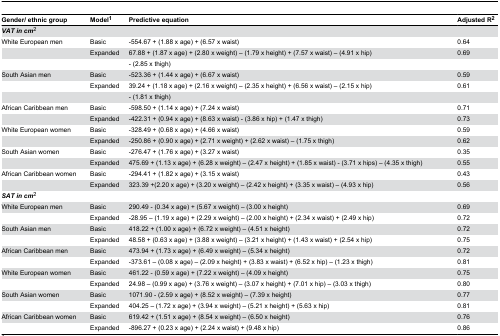
<table><thead><tr><td><b>Gender/ ethnic group</b></td><td><b>Model<sup>1</sup></b></td><td><b>Predictive equation</b></td><td><b>Adjusted R<sup>2</sup></b></td></tr></thead><tbody><tr><td><b><i>VAT</i><i></i><i>in</i><i></i><i>cm</i></b><sup>2</sup></td><td></td><td></td><td></td></tr><tr><td>White European men</td><td>Basic</td><td>-554.67 + (1.88 x age) + (6.57 x waist)</td><td>0.64</td></tr><tr><td></td><td>Expanded</td><td>67.88 + (1.87 x age) + (2.80 x weight) – (1.79 x height) + (7.57 x waist) – (4.91 x hip)</td><td>0.69</td></tr><tr><td></td><td></td><td>- (2.85 x thigh)</td><td></td></tr><tr><td>South Asian men</td><td>Basic</td><td>-523.36 + (1.44 x age) + (6.67 x waist)</td><td>0.59</td></tr><tr><td></td><td>Expanded</td><td>39.24 + (1.18 x age) + (2.16 x weight) – (2.35 x height) + (6.56 x waist) – (2.15 x hip)</td><td>0.61</td></tr><tr><td></td><td></td><td>- (1.81 x thigh)</td><td></td></tr><tr><td>African Caribbean men</td><td>Basic</td><td>-598.50 + (1.14 x age) + (7.24 x waist)</td><td>0.71</td></tr><tr><td></td><td>Expanded</td><td>-422.31 + (0.94 x age) + (8.63 x waist) - (3.86 x hip) + (1.47 x thigh)</td><td>0.73</td></tr><tr><td>White European women</td><td>Basic</td><td>-328.49 + (0.68 x age) + (4.66 x waist)</td><td>0.59</td></tr><tr><td></td><td>Expanded</td><td>-250.86 + (0.90 x age) + (2.71 x weight) + (2.62 x waist) – (1.75 x thigh)</td><td>0.62</td></tr><tr><td>South Asian women</td><td>Basic</td><td>-276.47 + (1.76 x age) + (3.27 x waist)</td><td>0.35</td></tr><tr><td></td><td>Expanded</td><td>475.69 + (1.13 x age) + (6.28 x weight) – (2.47 x height) + (1.85 x waist) - (3.71 x hips) – (4.35 x thigh)</td><td>0.55</td></tr><tr><td>African Caribbean women</td><td>Basic</td><td>-294.41 + (1.82 x age) + (3.15 x waist)</td><td>0.43</td></tr><tr><td></td><td>Expanded</td><td>323.39 +(2.20 x age) + (3.20 x weight) – (2.42 x height) + (3.35 x waist) – (4.93 x hip)</td><td>0.56</td></tr><tr><td><b><i>SAT</i><i></i><i>in</i><i></i><i>cm</i></b><sup>2</sup></td><td></td><td></td><td></td></tr><tr><td>White European men</td><td>Basic</td><td>290.49 - (0.34 x age) + (5.67 x weight) – (3.00 x height)</td><td>0.69</td></tr><tr><td></td><td>Expanded</td><td>-28.95 – (1.19 x age) + (2.29 x weight) – (2.00 x height) + (2.34 x waist) + (2.49 x hip)</td><td>0.72</td></tr><tr><td>South Asian men</td><td>Basic</td><td>418.22 + (1.00 x age) + (6.72 x weight) – (4.51 x height)</td><td>0.72</td></tr><tr><td></td><td>Expanded</td><td>48.58 + (0.63 x age) + (3.88 x weight) – (3.21 x height) + (1.43 x waist) + (2.54 x hip)</td><td>0.75</td></tr><tr><td>African Caribbean men</td><td>Basic</td><td>473.94 + (1.73 x age) + (6.49 x weight) – (5.34 x height)</td><td>0.72</td></tr><tr><td></td><td>Expanded</td><td>-373.61 – (0.08 x age) – (2.09 x height) + (3.83 x waist) + (6.52 x hip) – (1.23 x thigh)</td><td>0.81</td></tr><tr><td>White European women</td><td>Basic</td><td>461.22 - (0.59 x age) + (7.22 x weight) – (4.09 x height)</td><td>0.75</td></tr><tr><td></td><td>Expanded</td><td>24.98 – (0.99 x age) + (3.76 x weight) – (3.07 x height) + (7.01 x hip) – (3.03 x thigh)</td><td>0.80</td></tr><tr><td>South Asian women</td><td>Basic</td><td>1071.90 - (2.59 x age) + (8.52 x weight) – (7.39 x height)</td><td>0.77</td></tr><tr><td></td><td>Expanded</td><td>404.25 – (1.72 x age) + (3.94 x weight) – (5.21 x height) + (5.63 x hip)</td><td>0.81</td></tr><tr><td>African Caribbean women</td><td>Basic</td><td>619.42 + (1.51 x age) + (8.54 x weight) – (6.50 x height)</td><td>0.76</td></tr><tr><td></td><td>Expanded</td><td>-896.27 + (0.23 x age) + (2.24 x waist) + (9.48 x hip)</td><td>0.86</td></tr></tbody></table>